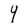
Character: 9